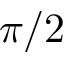
\pi / 2